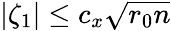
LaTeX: |\zeta_{1}|\le c_{x}\sqrt{r_{0}n}